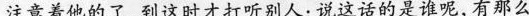
注意着他的了，到这时才打听别人:说这话的是谁呢,有那么